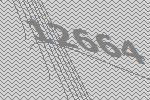
12664